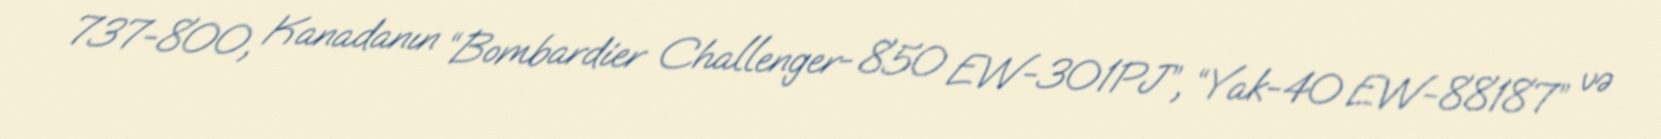
737-800, Kanadanın “Bombardier Challenger- 850 EW-301PJ”, “Yak-40 EW-88187” və